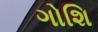
ગોશિ